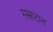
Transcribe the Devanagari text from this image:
सम्राटात